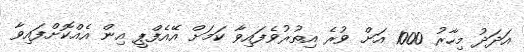
އަދަދު މިހާރު 1000 އަށް ވުރެ އިތުރުވެފައިވާ ކަމަށް އޭއެފްޕީ އިން އެއްކޮށްފައިވާ